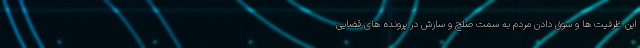
این ظرفیت ها و سوق دادن مردم به سمت صلح و سازش در پرونده های قضایی